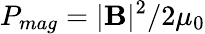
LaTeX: P_{mag}=|\mathbf{B}|^{2}/2\mu_{0}